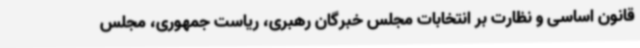
قانون اساسی و نظارت بر انتخابات مجلس خبرگان رهبری، ریاست جمهوری، مجلس